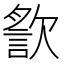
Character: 𣤍